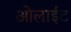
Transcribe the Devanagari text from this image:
ओलाईट